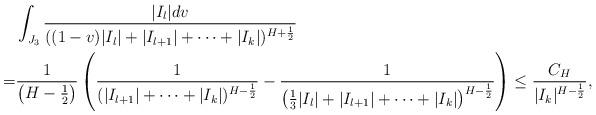
LaTeX: \begin{align*} & \int_{J_{3}}\frac{|I_{l}|dv}{((1-v)|I_{l}|+|I_{l+1}|+\cdots+|I_{k}|)^{H+\frac{1}{2}}}\\= & \frac{1}{\left(H-\frac{1}{2}\right)}\left(\frac{1}{(|I_{l+1}|+\cdots+|I_{k}|)^{H-\frac{1}{2}}}-\frac{1}{\left(\frac{1}{3}|I_{l}|+|I_{l+1}|+\cdots+|I_{k}|\right)^{H-\frac{1}{2}}}\right)\leq \frac{C_{H}}{|I_{k}|^{H-\frac{1}{2}}},\end{align*}